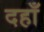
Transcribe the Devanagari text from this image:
दहाँ